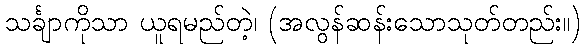
သင်္ချာကိုသာ ယူရမည်တဲ့၊ (အလွန်ဆန်းသောသုတ်တည်း။)